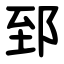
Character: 郅